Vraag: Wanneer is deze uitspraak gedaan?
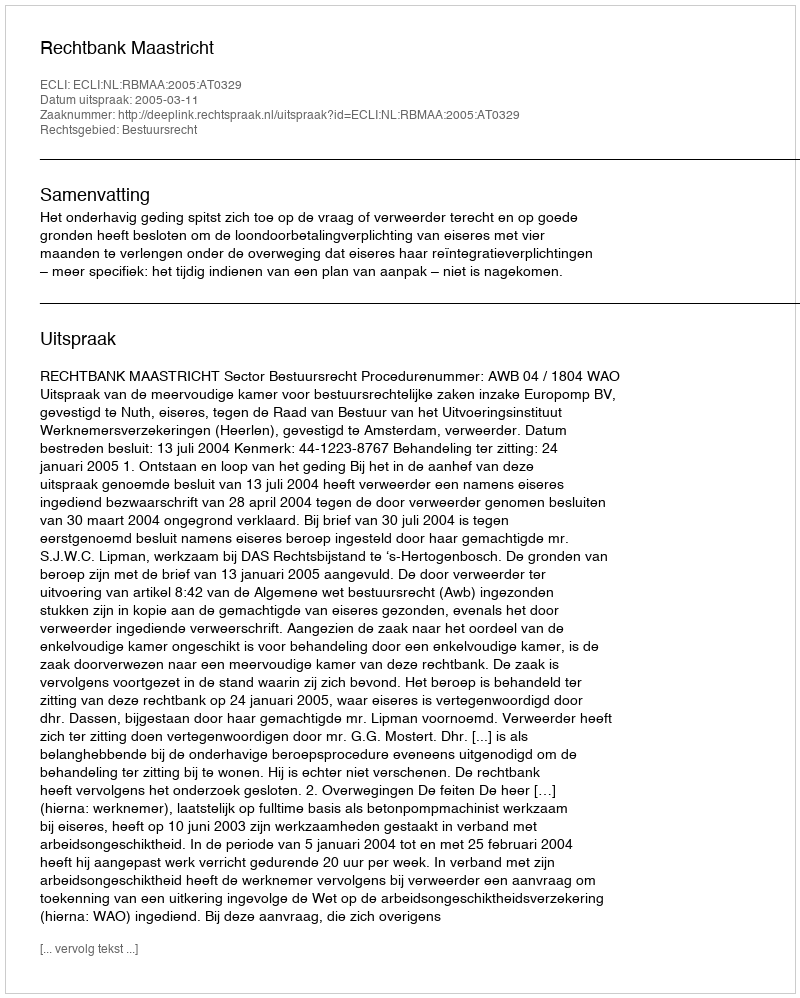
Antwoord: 2005-03-11